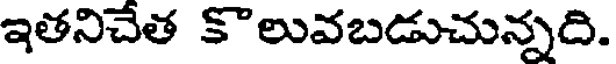
ఇతనిచేత కొలువబడుచున్నది.